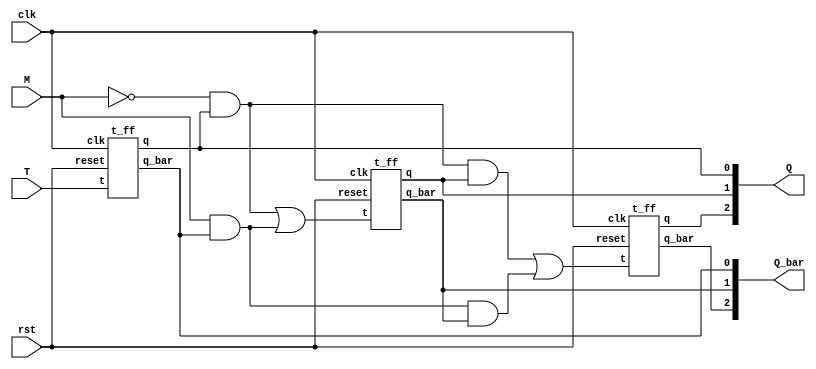
module sync_up_down_counter(input clk,rst,M,T,output [2:0]Q,Q_bar);
wire T1,T2;

assign T1 = (~M & Q[0]) | (M & Q_bar[0]);
assign T2 = (~M & Q[0] & Q[1]) | (M & Q_bar[0] & Q_bar[1]); 

t_ff TF1(clk,rst,T,Q[0],Q_bar[0]);
t_ff TF2(clk,rst,T1,Q[1],Q_bar[1]);
t_ff TF3(clk,rst,T2,Q[2],Q_bar[2]);

endmodule 


module t_ff(input clk,reset,t,output q,q_bar);
jk_ff dut(clk,reset,t,t,q,q_bar);
endmodule


module jk_ff(input clk,reset,j,k, output reg q,output q_bar);    
   always @(negedge clk) begin
     if(!reset) begin
       case ({j,k})  
         2'b00 :  q <= q;  
         2'b01 :  q <= 1'b0;  
         2'b10 :  q <= 1'b1;  
         2'b11 :  q <= ~q;  
      endcase  
     end  
     else begin
       q = 1'b0;
     end
   end
   assign q_bar = ~q;
endmodule